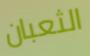
الثعبان